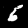
Digit: 6